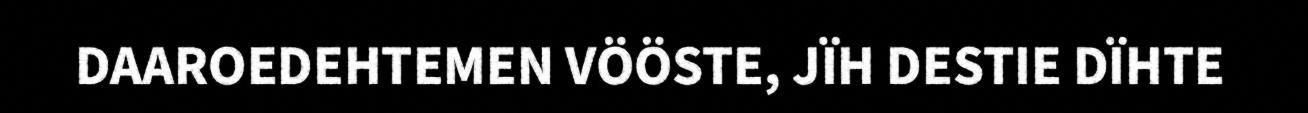
DAAROEDEHTEMEN VÖÖSTE, JÏH DESTIE DÏHTE